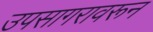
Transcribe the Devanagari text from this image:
उपसागरावरून